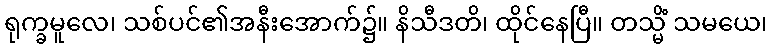
ရုက္ခမူလေ၊ သစ်ပင်၏အနီးအောက်၌။ နိသီဒတိ၊ ထိုင်နေပြီ။ တသ္မိံ သမယေ၊